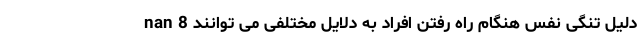
nan 8 دلیل تنگی نفس هنگام راه رفتن افراد به دلایل مختلفی می توانند